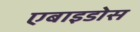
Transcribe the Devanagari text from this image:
एबाइडोस